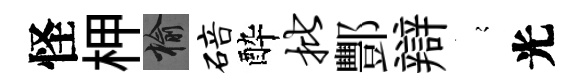
怪柙榆碚酔批酆辯𡪹光